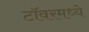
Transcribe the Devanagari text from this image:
टॉवरमध्ये